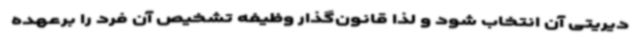
دیریتی آن انتخاب شود و لذا قانون‌گذار وظیفه تشخیص آن فرد را برعهده